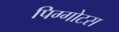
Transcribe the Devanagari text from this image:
पिग्गोटस